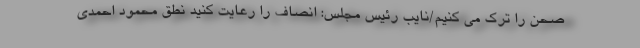
صحن را ترک می کنیم/نایب رئیس مجلس: انصاف را رعایت کنید نطق محمود احمدی